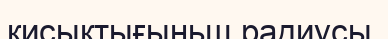
қисықтығыньщ радиусы,